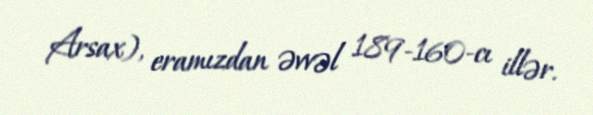
Arsax), eramızdan əvvəl 189-160-cı illər.